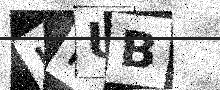
Text: JHUB